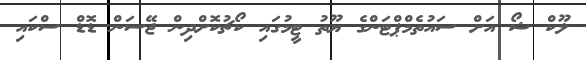
ލޫކް ޝޯ އަށް ސައުތެމްޕްޓަންގެ ޔޫތު ޓީމުގައި ކޯޗުކޮށްދިން ޖޭސަން ޑޮޑް ސްކައި